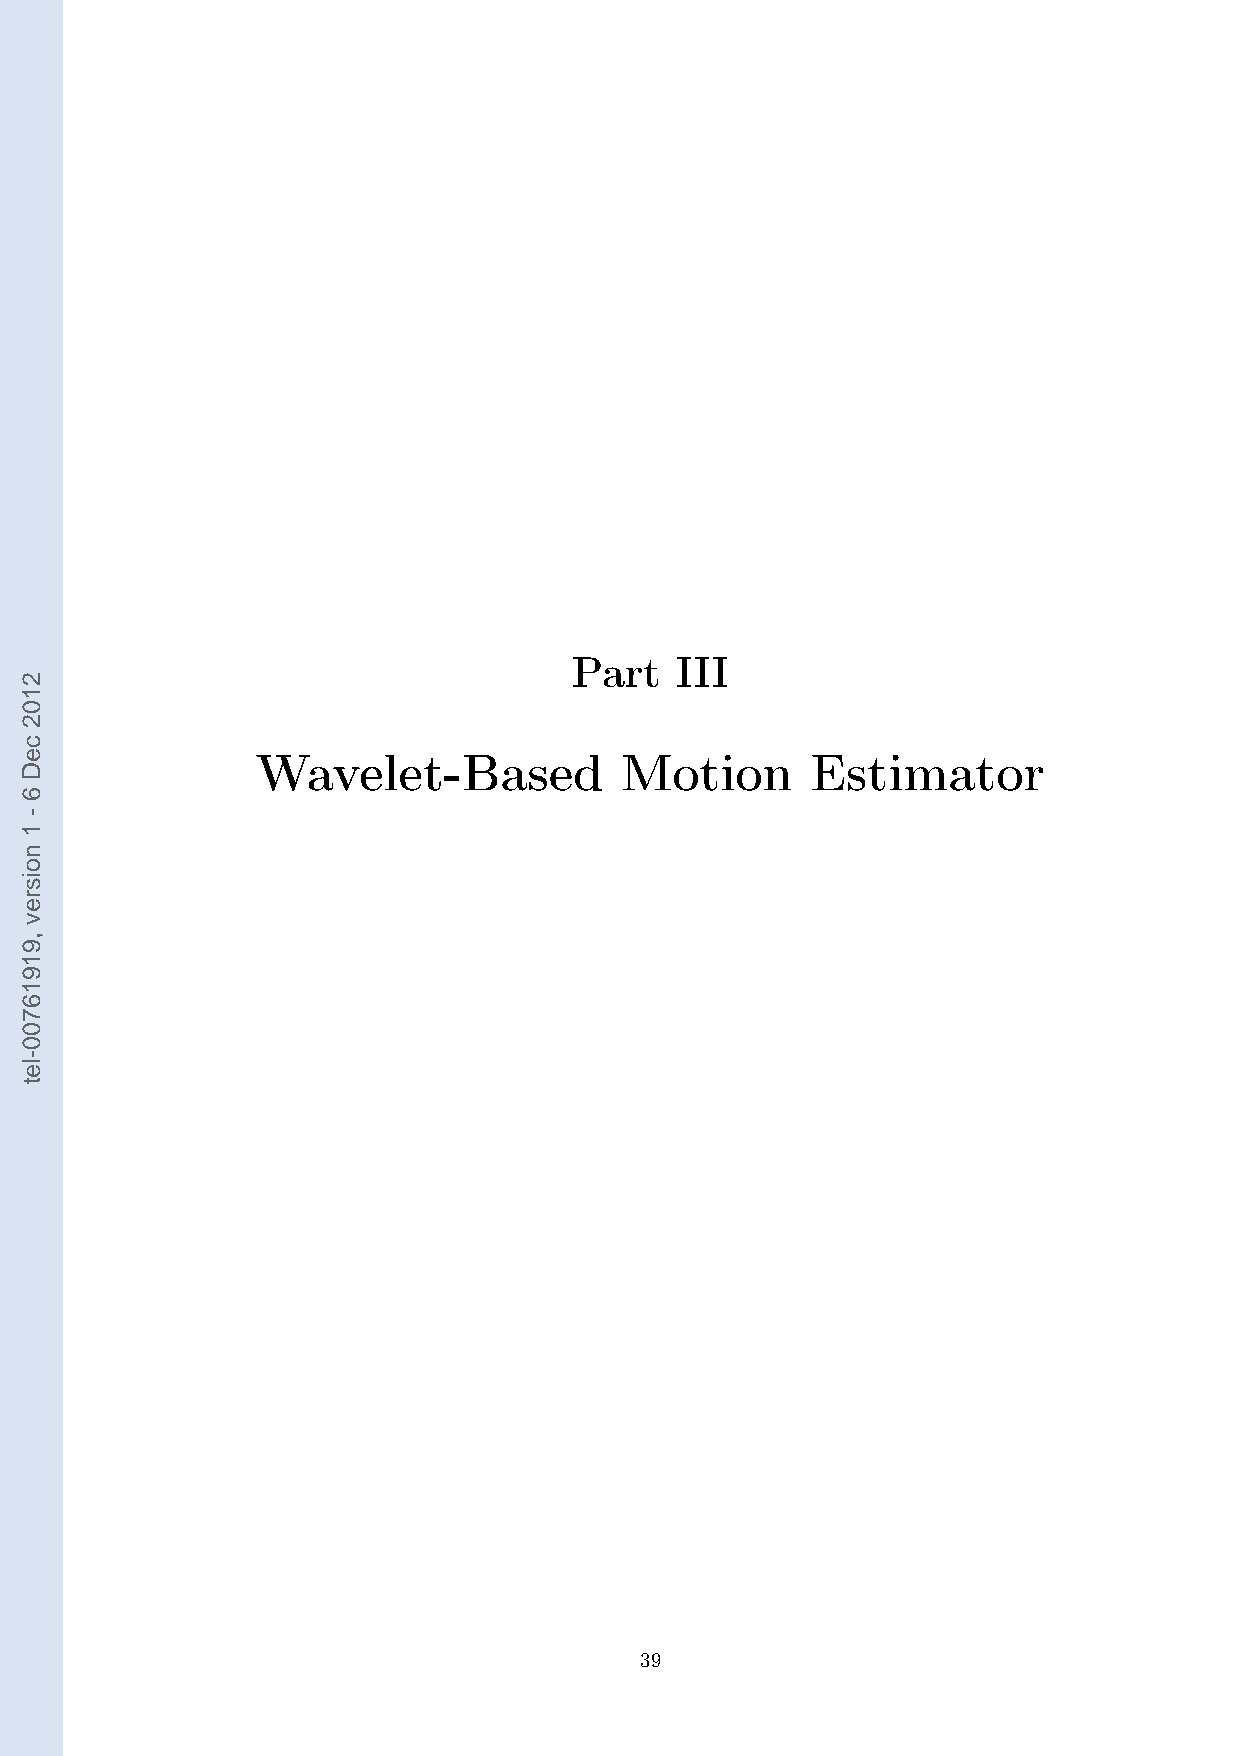
Part   III
 Wavelet-Based           Motion       Estimator
 39
 2102
 ceD
 6
 -
 1
 noisrev
 ,91916700-let